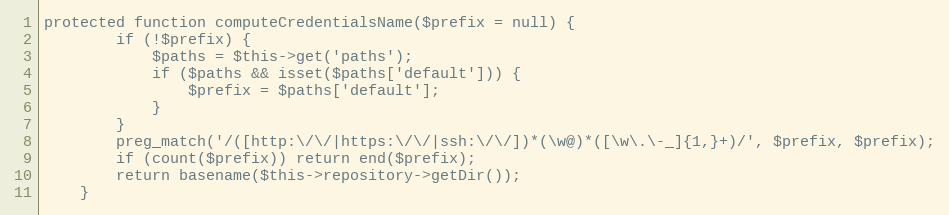
Language: PHP
protected function computeCredentialsName($prefix = null) {
		if (!$prefix) {
			$paths = $this->get('paths');
			if ($paths && isset($paths['default'])) {
				$prefix = $paths['default'];
			}
		}
		preg_match('/([http:\/\/|https:\/\/|ssh:\/\/])*(\w@)*([\w\.\-_]{1,}+)/', $prefix, $prefix);
		if (count($prefix)) return end($prefix);
		return basename($this->repository->getDir());
    }